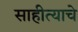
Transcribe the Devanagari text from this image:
साहीत्याचे